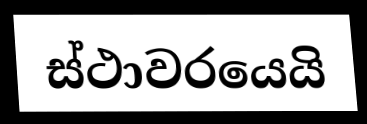
ස්ථාවරයෙයි